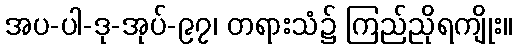
အပ-ပါ-ဒု-အုပ်-၉၇၊ တရားသံ၌ ကြည်ညိုရကျိုး။